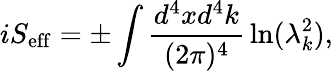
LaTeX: iS_{\mathrm{eff}}=\pm\int{\frac{d^{4}xd^{4}k}{(2\pi)^{4}}}\ln(\lambda_{k}^{2}),